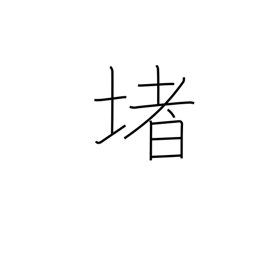
Meaning: railing